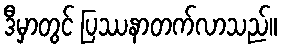
ဒီမှာတွင် ပြဿနာတက်လာသည်။